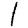
Digit: 1